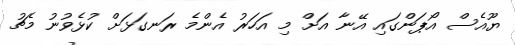
ޔޫއެސް އޯޕަންގައި އޭނާ އަށް މި އަހަރު އެންމެ ރަނގަޅަށް ކުޅެވުނު މެޗު